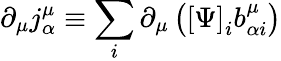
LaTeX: \partial_{\mu}j_{\alpha}^{\mu}\equiv\sum_{i}\partial_{\mu}\left(\left[\Psi\right]_{i}b_{\alpha i}^{\mu}\right)